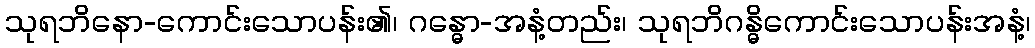
သုရဘိနော-ကောင်းသောပန်း၏၊ ဂန္ဓော-အနံ့တည်း၊ သုရဘိဂန္ဓိကောင်းသောပန်းအနံ့၊